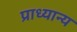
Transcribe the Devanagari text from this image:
प्राध्यान्य